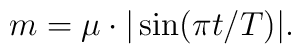
m =\mu \cdot |\sin (\pi t/T)|.